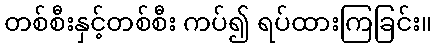
တစ်စီးနှင့်တစ်စီး ကပ်၍ ရပ်ထားကြခြင်း။